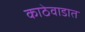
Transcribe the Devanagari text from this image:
काठेवाडात